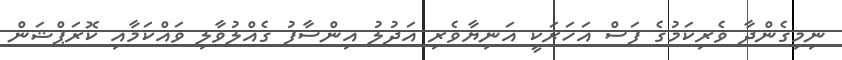
ނިމިގެންދާ ވެރިކަމުގެ ފަސް އަހަރަކީ އަނިޔާވެރި އަދުލު އިންސާފު ގެއްލުވާލި ވައްކަމާއި ކޮރަޕްޝަން